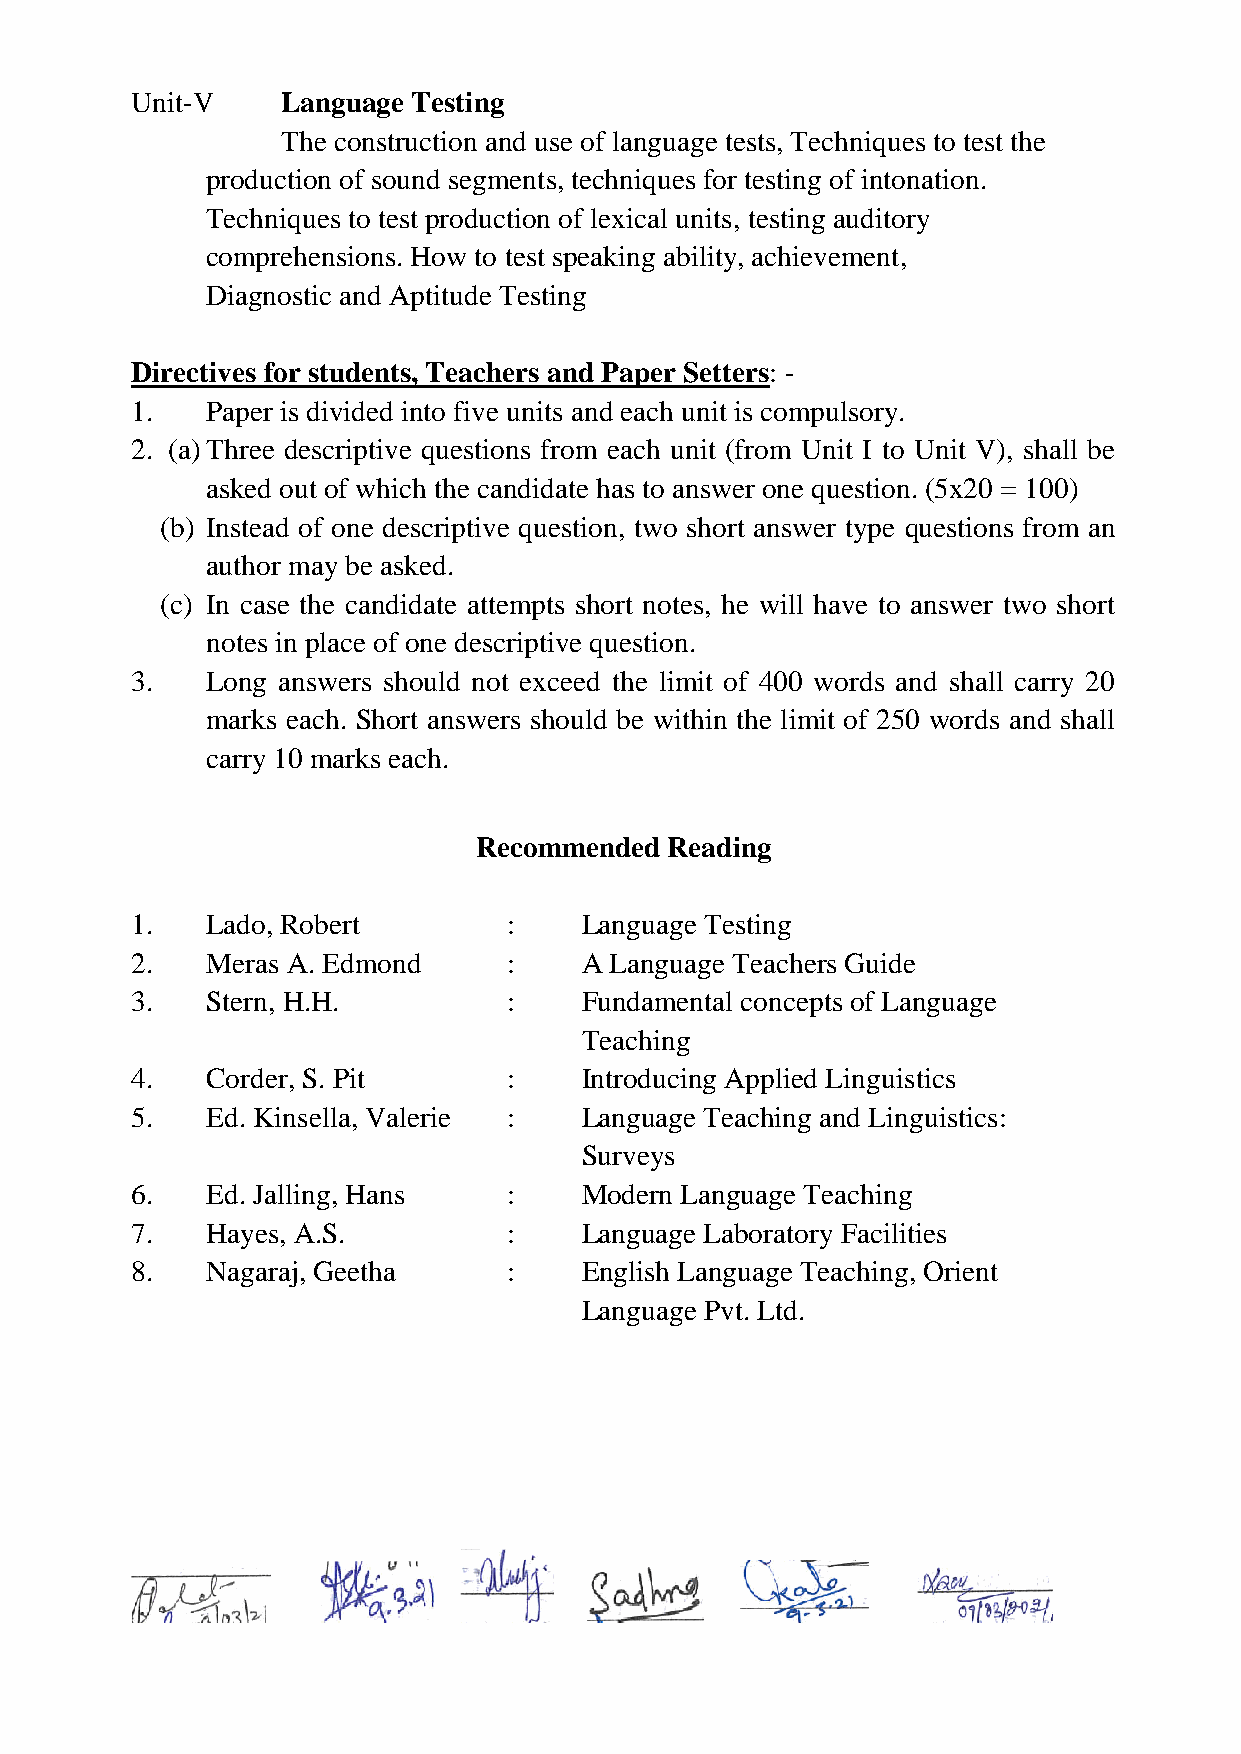
Unit-V    Language Testing
 The construction and use of language tests, Techniques to test the
 production of sound segments, techniques for testing of intonation.
 Techniques to test production of lexical units, testing auditory
 comprehensions. How to test speaking ability, achievement,
 Diagnostic and Aptitude Testing
 Directives for students, Teachers and Paper Setters: -
 1.   Paper is divided into five units and each unit is compulsory.
 2. (a) Three descriptive questions from each unit (from Unit I to Unit V), shall be
 asked out of which the candidate has to answer one question. (5x20 = 100)
 (b) Instead of one descriptive question, two short answer type questions from an
 author may be asked.
 (c) In case the candidate attempts short notes, he will have to answer two short
 notes in place of one descriptive question.
 3.   Long answers should not exceed the limit of 400 words and shall carry 20
 marks each. Short answers should be within the limit of 250 words and shall
 carry 10 marks each.
 Recommended  Reading
 1.   Lado, Robert        :   Language Testing
 2.   Meras A. Edmond     :   A Language Teachers Guide
 3.   Stern, H.H.         :   Fundamental concepts of Language
 Teaching
 4.   Corder, S. Pit      :   Introducing Applied Linguistics
 5.   Ed. Kinsella, Valerie : Language Teaching and Linguistics:
 Surveys
 6.   Ed. Jalling, Hans   :   Modern Language Teaching
 7.   Hayes, A.S.         :   Language Laboratory Facilities
 8.   Nagaraj, Geetha     :   English Language Teaching, Orient
 Language Pvt. Ltd.